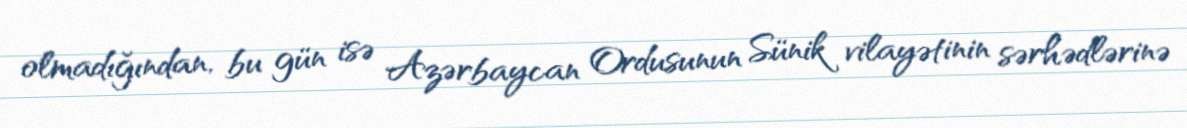
olmadığından, bu gün isə Azərbaycan Ordusunun Sünik vilayətinin sərhədlərinə